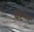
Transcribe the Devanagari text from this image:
कष्टतरं